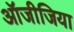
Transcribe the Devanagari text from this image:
ऑजीजिया